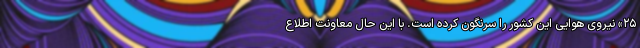
۲۵» نیروی هوایی این کشور را سرنگون کرده است. با این حال معاونت اطلاع